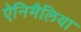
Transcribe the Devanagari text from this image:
ऐनिमैलिया